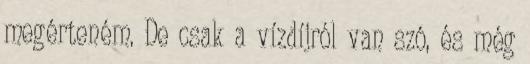
megérteném. De csak a vízdíjról van szó, és még